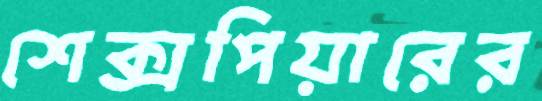
শেক্সপিয়ারের